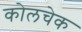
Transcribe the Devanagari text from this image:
कोलचेक